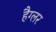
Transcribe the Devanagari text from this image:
हैग्लर